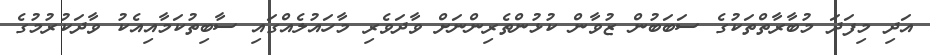
އަދި މިފަދަ މުބާރާތްތަކުގެ ސަބަބުން ޒުވާން ކުޅުންތެރިންނަށް ވާދަވެރި މާހައުލެއްގައި ސާބިތުކަމާއިއެކު ވާދަކުރުމުގެ